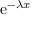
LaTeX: \mathrm { e } ^ { - \lambda x }